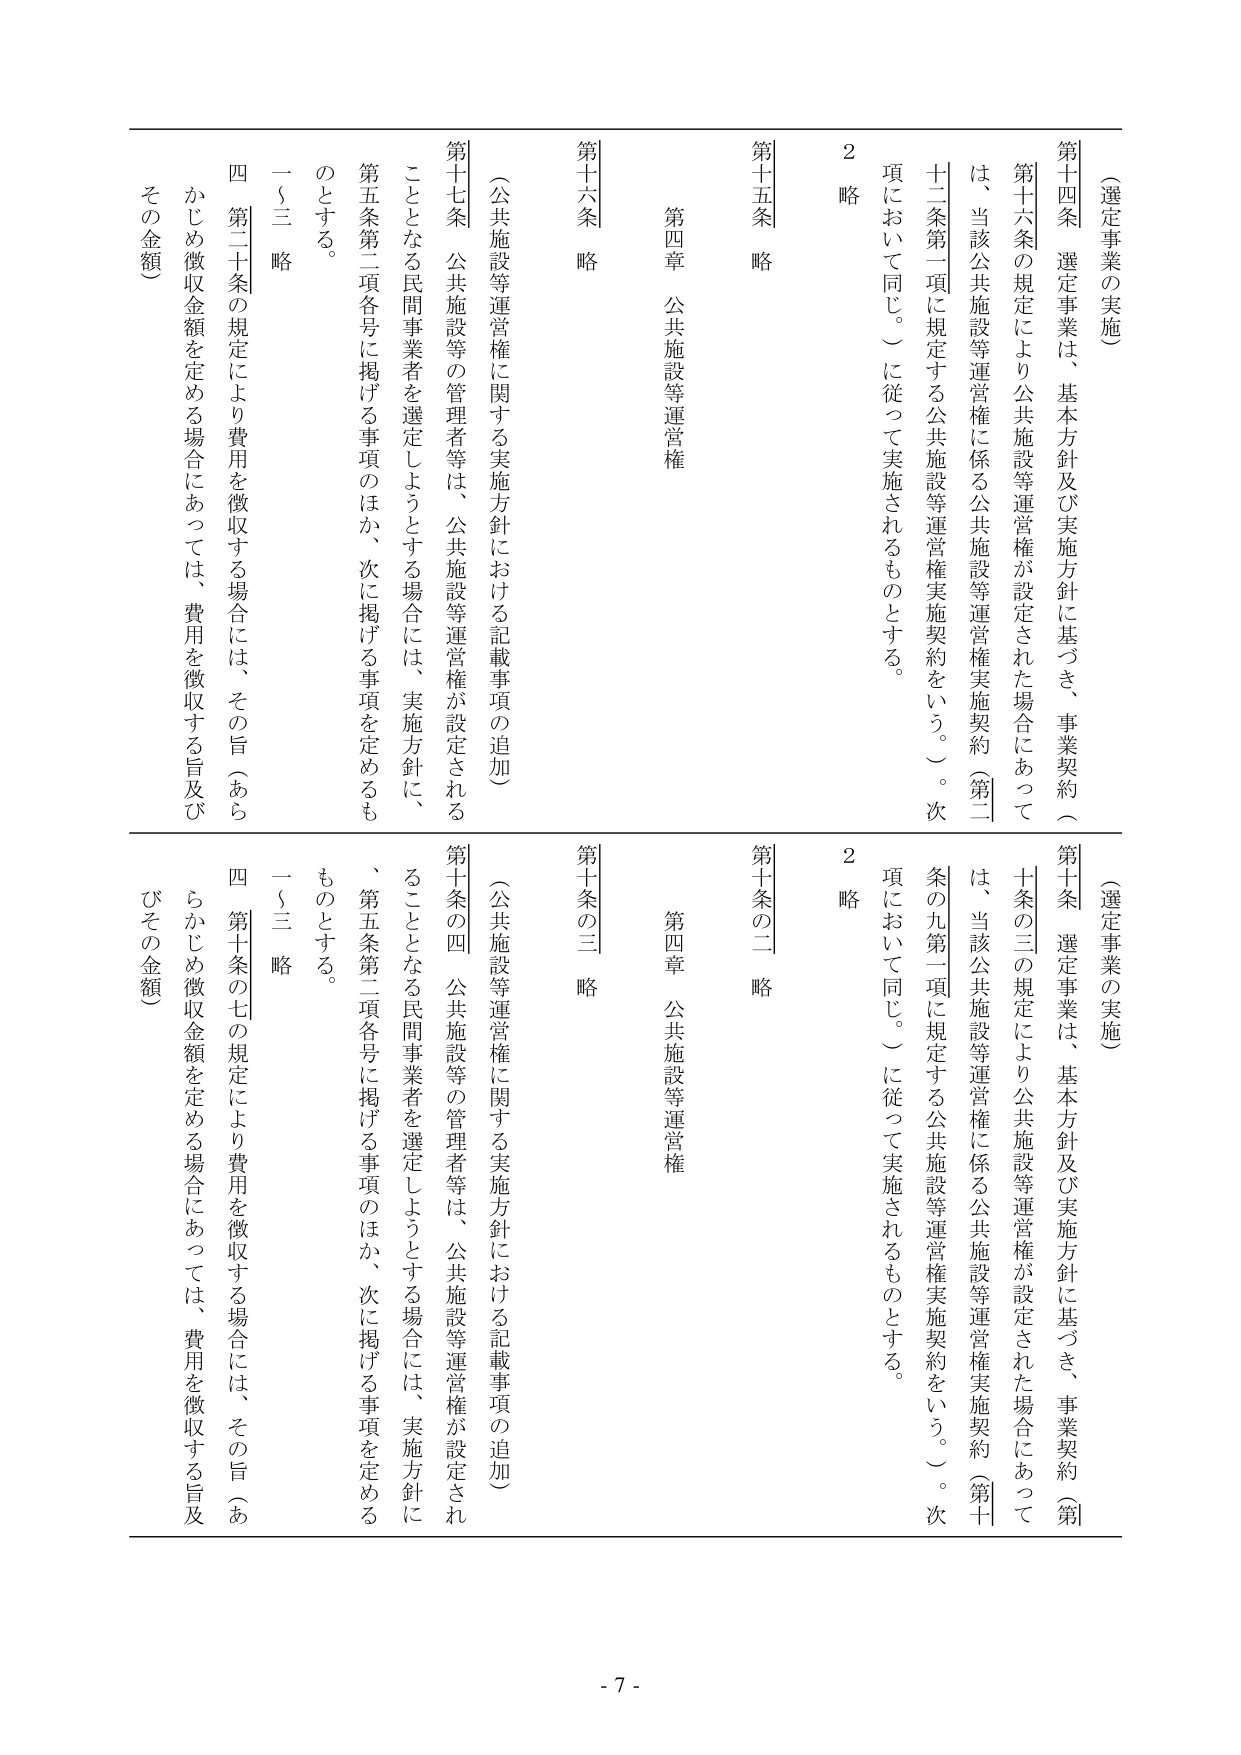
（選定事業の実施）

第十四条 選定事業は、基本方針及び実施方針に基づき、事業契約（第十六条の規定により公共施設等運営権が設定された場合にあっては、当該公共施設等運営権に係る公共施設等運営権実施契約（第二十二条第一項に規定する公共施設等運営権実施契約をいう。）次項において同じ。）に従って実施されるものとする。

2 略

第十五条 略

第四章 公共施設等運営権

第十六条 略

（公共施設等運営権に関する実施方針における記載事項の追加）

第十七条 公共施設等の管理者等は、公共施設等運営権が設定されることとなる民間事業者を選定しようとする場合には、実施方針に、第五条第二項各号に掲げる事項のほか、次に掲げる事項を定めるものとする。

一～三 略

四 第二十条の規定により費用を徴収する場合には、その旨（あらかじめ徴収金額を定める場合にあっては、費用を徴収する旨及びその金額）

（選定事業の実施）

第十一条 選定事業は、基本方針及び実施方針に基づき、事業契約（第十条の三の規定により公共施設等運営権が設定された場合にあっては、当該公共施設等運営権に係る公共施設等運営権実施契約（第十条の九第一項に規定する公共施設等運営権実施契約をいう。）次項において同じ。）に従って実施されるものとする。

2 略

第十条の二 略

第四章 公共施設等運営権

第十条の三 略

（公共施設等運営権に関する実施方針における記載事項の追加）

第十条の四 公共施設等の管理者等は、公共施設等運営権が設定されることとなる民間事業者を選定しようとする場合には、実施方針に、第五条第二項各号に掲げる事項のほか、次に掲げる事項を定めるものとする。

一～三 略

四 第十条の七の規定により費用を徴収する場合には、その旨（あらかじめ徴収金額を定める場合にあっては、費用を徴収する旨及びその金額）

- 7 -